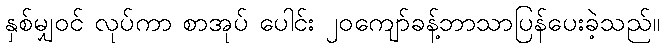
နှစ်မျှဝင် လုပ်ကာ စာအုပ် ပေါင်း ၂၀ကျော်ခန့်ဘာသာပြန်ပေးခဲ့သည်။